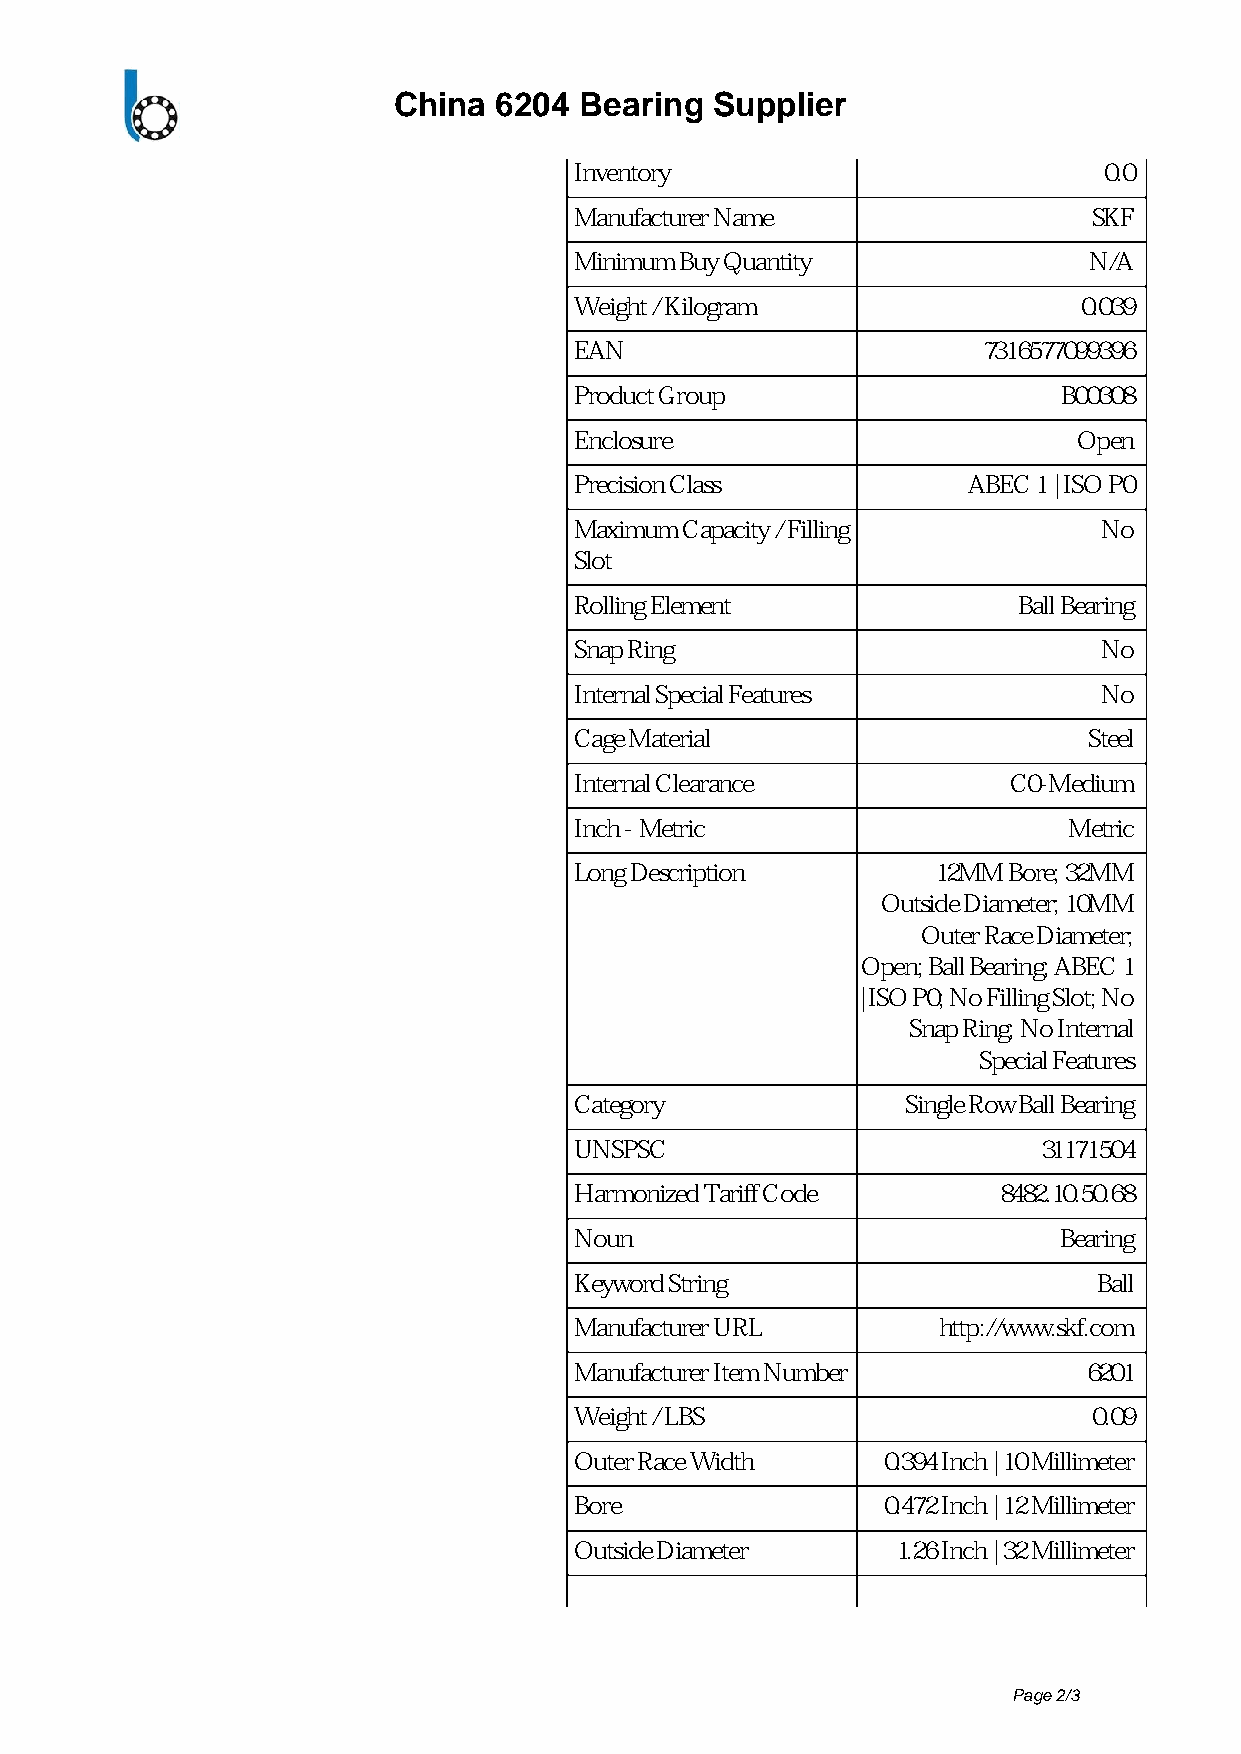
China  6204 Bearing  Supplier
 Inventory                          0.0
 Manufacturer Name                 SKF
 Minimum Buy Quantity              N/A
 Weight / Kilogram                 0.039
 EAN                        7316577099396
 Product Group                   B00308
 Enclosure                        Open
 Precision Class           ABEC 1 | ISO P0
 Maximum Capacity / Filling         No
 Slot
 Rolling Element              Ball Bearing
 Snap Ring                          No
 Internal Special Features          No
 Cage Material                     Steel
 Internal Clearance           C0-Medium
 Inch - Metric                    Metric
 Long Description        12MM Bore; 32MM
 Outside Diameter; 10MM
 Outer Race Diameter;
 Open; Ball Bearing; ABEC 1
 | ISO P0; No Filling Slot; No
 Snap Ring; No Internal
 Special Features
 Category              Single Row Ball Bearing
 UNSPSC                         31171504
 Harmonized Tariff Code      8482.10.50.68
 Noun                            Bearing
 Keyword String                     Ball
 Manufacturer URL        http://www.skf.com
 Manufacturer Item Number          6201
 Weight / LBS                      0.09
 Outer Race Width    0.394 Inch | 10 Millimeter
 Bore                0.472 Inch | 12 Millimeter
 Outside Diameter     1.26 Inch | 32 Millimeter
 Page 2/3